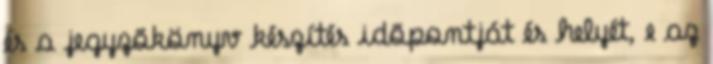
és a jegyzõkönyv készítés idõpontját és helyét, e az